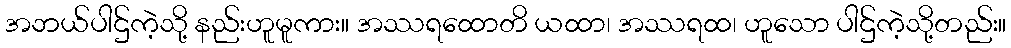
အဘယ်ပါဌ်ကဲ့သို့ နည်းဟူမူကား။ အဿရထောတိ ယထာ၊ အဿရထ၊ ဟူသော ပါဌ်ကဲ့သို့တည်း။